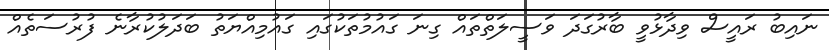
ނައިބު ރައީސް ވިދާޅުވީ ބާރުގަދަ ވަސީލަތްތައް ގިނަ ގައުމުތަކުގައި ގައުމިއްޔަތު ބަދަލުކުރާނެ ފުރުސަތެއް